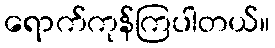
ရောက်ကုန်ကြပါတယ်။